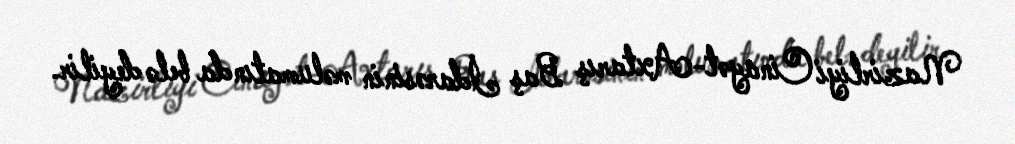
Nazirliyi Cinayət-Axtarış Baş İdarəsinin məlumatında belə deyilir.